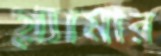
গ্ল্যামার